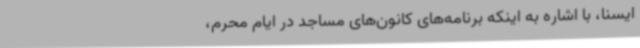
ایسنا، با اشاره به اینکه برنامه‌های کانون‌های مساجد در ایام محرم،